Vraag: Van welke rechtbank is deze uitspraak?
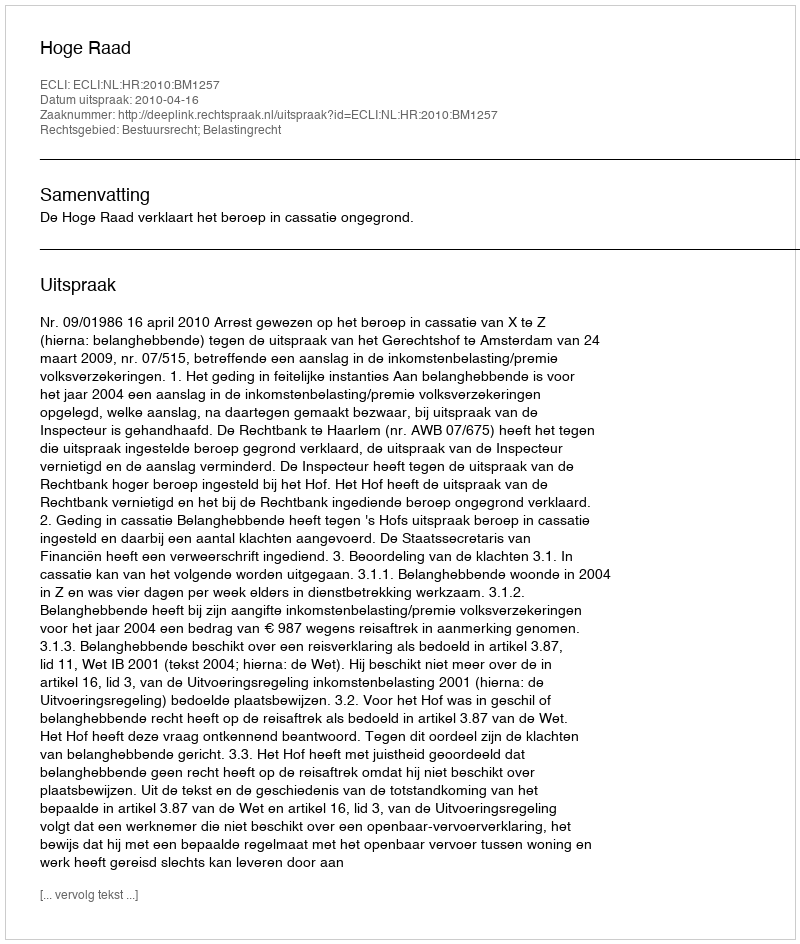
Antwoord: Hoge Raad